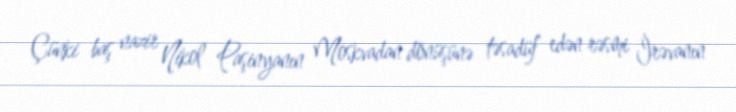
Çünki baş nazir Nikol Paşinyanın Moskvadan dönüşünə təsadüf edən rəsmi İrəvanın